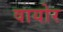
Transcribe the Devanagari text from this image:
वायोर